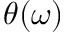
\theta ( \omega )